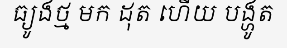
ធ្យូងថ្ម មក ដុត ហើយ បង្ហូត